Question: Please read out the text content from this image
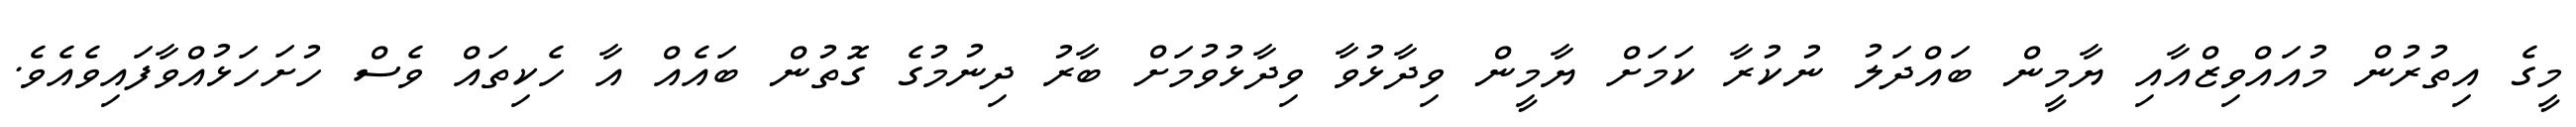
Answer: މީގެ އިތުރުން މުއައްވިޒްއާއި ޔާމީން ބައްދަލު ނުކުރާ ކަމަށް ޔާމީން ވިދާޅުވާ ވިދާޅުވުމަށް ބާރު ދިނުމުގެ ގޮތުން ބައެއް އާ ހެކިތައް ވެސް ހުށަހަޅުއްވާފައިވެއެވެ.